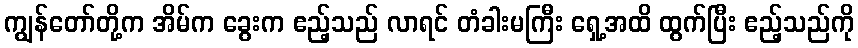
ကျွန်တော်တို့က အိမ်က ခွေးက ဧည့်သည် လာရင် တံခါးမကြီး ရှေ့အထိ ထွက်ပြီး ဧည့်သည်ကို